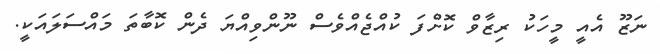
ނަޒޫ އެއީ މީހަކު ރިޒާވް ކޮށްފަ ކުއްޖެއްވެސް ނޫންވިއްޔަ ދެން ކޮބާތަ މައްސަލައަކީ.